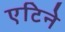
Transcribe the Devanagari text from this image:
एटिने